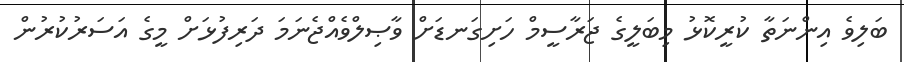
ބަލިވެ އިންނަތާ ކުރީކޮޅު މިބަލީގެ ޖަރާސީމް ހަށިގަނޑަށް ވާޞިލްވެއްޖެނަމަ ދަރިފުޅަށް މީގެ އަސަރުކުރުން